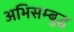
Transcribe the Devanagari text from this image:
अभिसम्बुद्ध